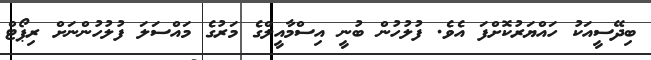
ބިދޭސީއަކު ހައްޔަރުކޮށްފަ އެވެ. ފުލުހުން ބުނީ އިސްމާއީލްގެ މަރުގެ މައްސަލަ ފުލުހުންނަށް ރިޕޯޓް